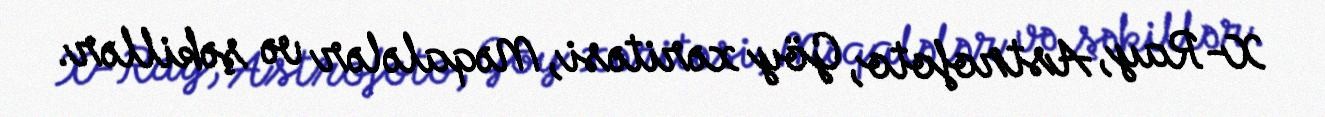
X-Ray, Astrofoto, Göy xəritəsi, Məqalələr və şəkillər.